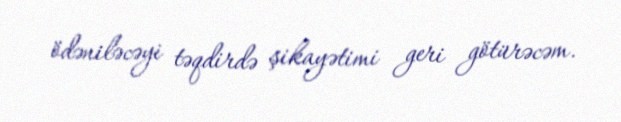
ödəniləcəyi təqdirdə şikayətimi geri götürəcəm.